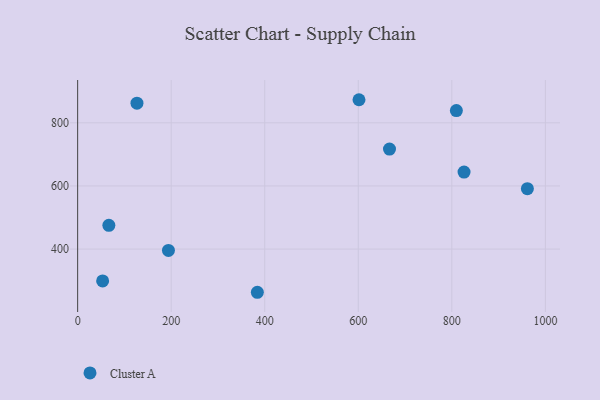
{"axis": {"x": "Speed", "y": "Demand"}, "legend": ["Cluster A"], "data": [{"x": "66.7", "y": 475.2, "type": "Cluster A"}, {"x": "384.2", "y": 263.1, "type": "Cluster A"}, {"x": "126.8", "y": 862.2, "type": "Cluster A"}, {"x": "53.4", "y": 299.1, "type": "Cluster A"}, {"x": "666.7", "y": 716.8, "type": "Cluster A"}, {"x": "194.1", "y": 395.6, "type": "Cluster A"}, {"x": "826.1", "y": 644.1, "type": "Cluster A"}, {"x": "961.5", "y": 591.5, "type": "Cluster A"}, {"x": "601.5", "y": 873.2, "type": "Cluster A"}, {"x": "809.7", "y": 838.7, "type": "Cluster A"}]}